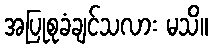
အပြုစုခံချင်သလား မသိ။